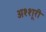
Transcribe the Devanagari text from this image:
अश्शूरी